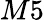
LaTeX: M5